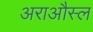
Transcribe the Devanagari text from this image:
अराऔस्ल